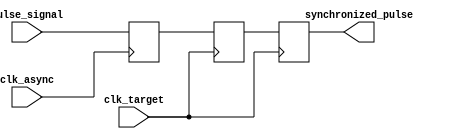
module pulse_synchronizer (
    input wire pulse_signal,
    input wire clk_async,
    input wire clk_target,
    output reg synchronized_pulse
);

reg pulse_capture;
reg synchronized_pulse_buffer;

always @(posedge clk_async) begin
    pulse_capture <= pulse_signal;
end

always @(posedge clk_target) begin
    synchronized_pulse_buffer <= pulse_capture;
    synchronized_pulse <= synchronized_pulse_buffer;
end

endmodule